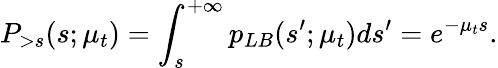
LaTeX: P_{>s}(s;\mu_{t})=\int_{s}^{+\infty}p_{LB}(s^{\prime};\mu_{t})ds^{\prime}=e^{-\mu_{t}s}.